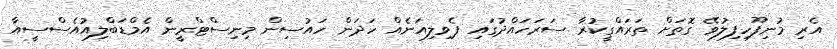
އެރި މުނިފޫހިފިލުވޭ ގޮތަށް ތަރައްގީކުރާ ސަރަހައްދުގައި ޕެވިލިއަނެއް ހަދަން ހައުސިން މިނިސްޓްރީން އެމްޑަބްލިއުއެސްސީއާ